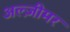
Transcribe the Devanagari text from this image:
अल्ज़ीमर